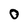
Character: O